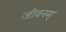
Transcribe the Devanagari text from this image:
जीवनम्